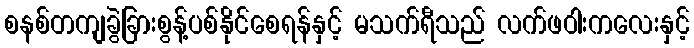
စနစ်တကျခွဲခြားစွန့်ပစ်နိုင်စေရန်နှင့် မသက်ရီသည် လက်ဖဝါးကလေးနှင့်